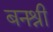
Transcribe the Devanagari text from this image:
बनश्री